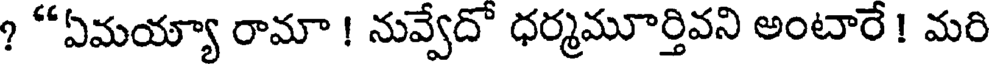
? "ఏమయ్యా రామా ! నువ్వేదో ధర్మమూర్తివని అంటారే ! మరి